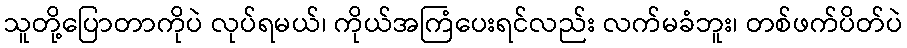
သူတို့ပြောတာကိုပဲ လုပ်ရမယ်၊ ကိုယ်အကြံပေးရင်လည်း လက်မခံဘူး၊ တစ်ဖက်ပိတ်ပဲ